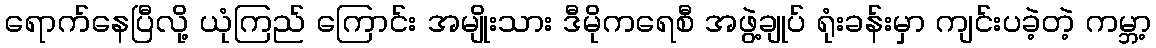
ရောက်နေပြီလို့ ယုံကြည် ကြောင်း အမျိုးသား ဒီမိုကရေစီ အဖွဲ့ချုပ် ရုံးခန်းမှာ ကျင်းပခဲ့တဲ့ ကမ္ဘာ့